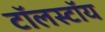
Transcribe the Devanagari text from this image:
टॉलस्‍टॉय